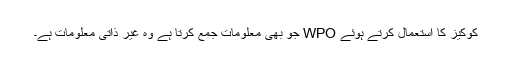
کوکیز کا استعمال کرتے ہوئے WPO جو بھی معلومات جمع کرتا ہے وہ غیر ذاتی معلومات ہے۔